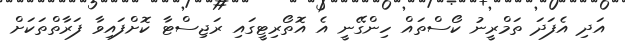
އަދި އެފަދަ ތަމްރީނު ކޯސްތައް ހިންގޭނީ އެ އޮތޯރިޓީގައި ރަޖިސްޓާ ކޮށްފައިވާ ފަރާތްތަކަށް